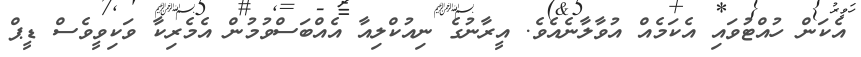
އެކަން ހުއްޓުވައި އެކަމެއް އުވާލާނެއެވެ. އީރާނުގެ ނިއުކްލިއާ އެއްބަސްވުމުން އެމެރިކާ ވަކިވީވެސް ޑީޕް